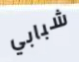
شبابي